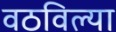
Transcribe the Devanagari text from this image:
वठविल्या